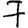
Digit: 7